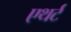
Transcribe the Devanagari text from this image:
एथर्ट